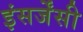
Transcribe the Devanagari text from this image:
इंसर्जेंसी